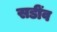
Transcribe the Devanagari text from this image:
सडींव